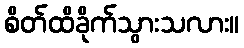
စိတ်ထိခိုက်သွားသလား။